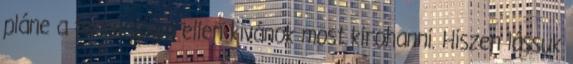
pláne a technológia ellen kívánok most kirohanni. Hiszen lássuk